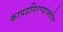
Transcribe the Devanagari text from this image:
कापडगिरण्यांमधील